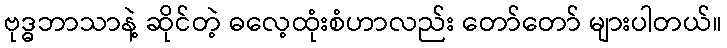
ဗုဒ္ဓဘာသာနဲ့ ဆိုင်တဲ့ ဓလေ့ထုံးစံဟာလည်း တော်တော် များပါတယ်။